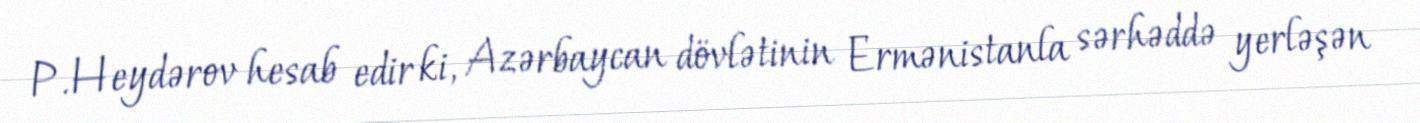
P.Heydərov hesab edir ki, Azərbaycan dövlətinin Ermənistanla sərhəddə yerləşən